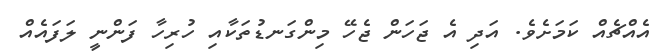
އެއްޗެއް ކަމަށެވެ. އަދި އެ ޖަހަން ޖެހޭ މިންގަނޑުތަކާއި ހުރިހާ ފަންނީ ލަފައެއް